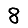
Digit: 8